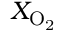
X _ { \mathrm { O _ { 2 } } }